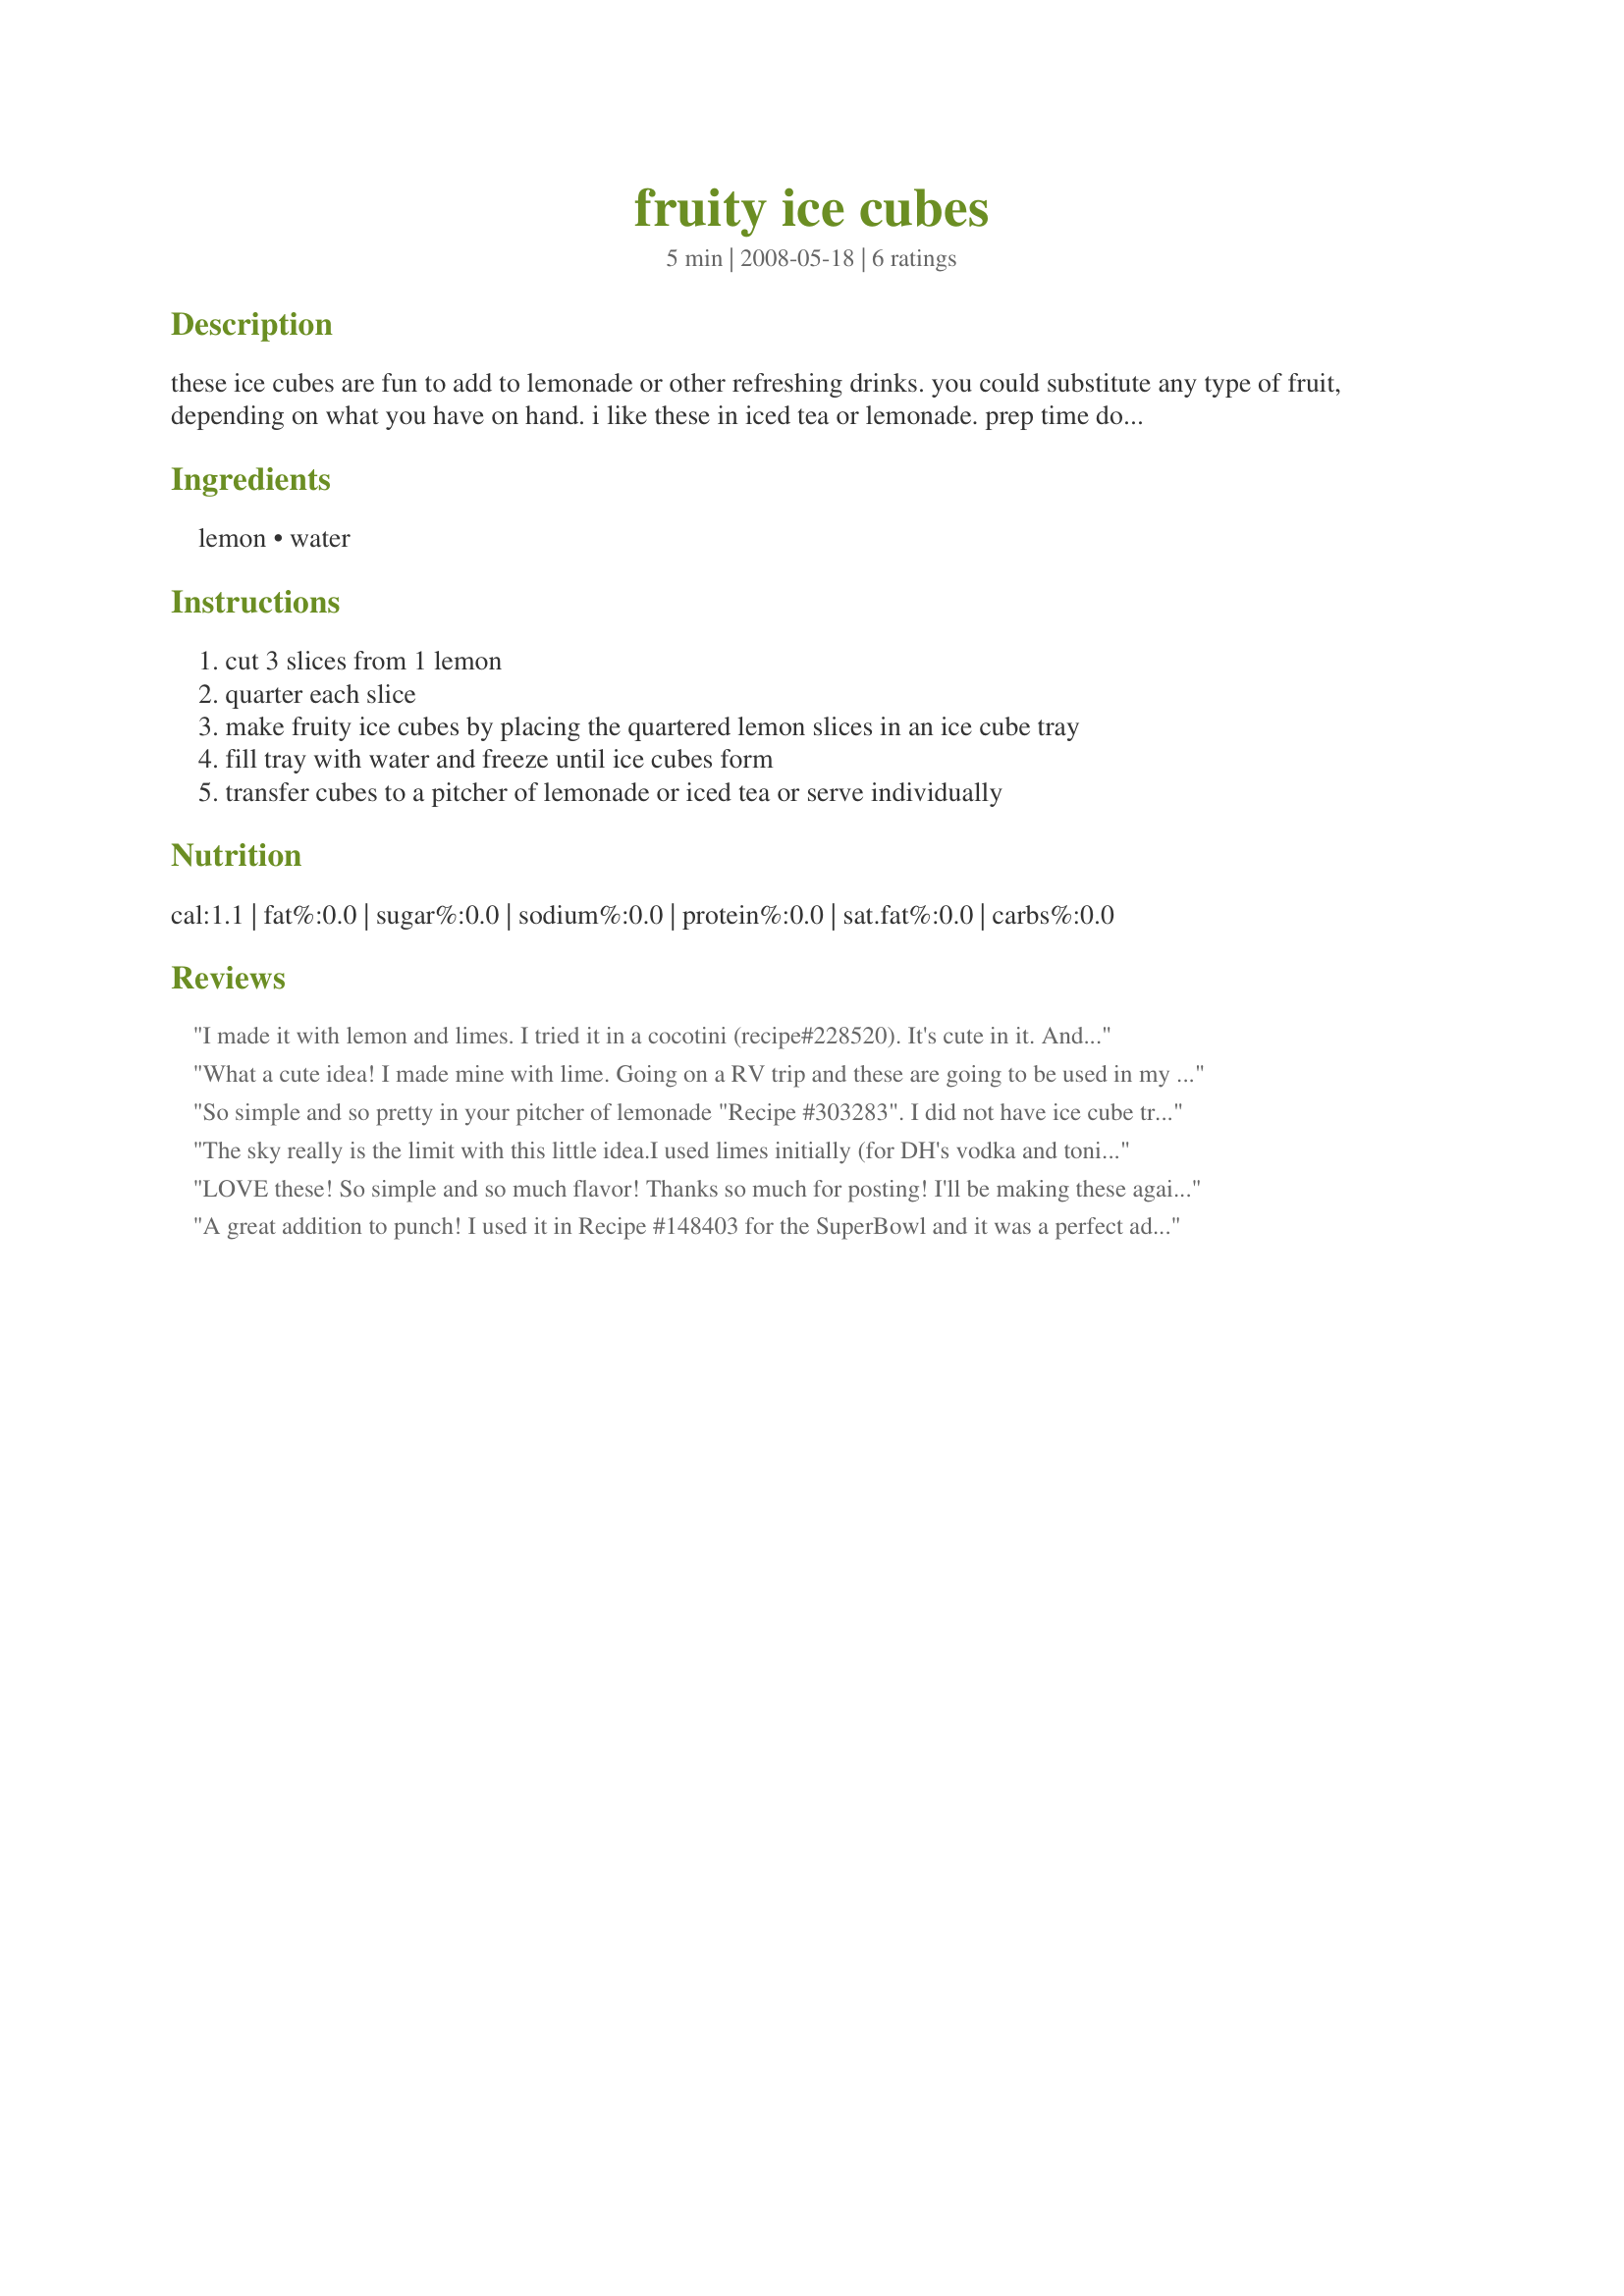
fruity ice cubes
Preparation time: 5 minutes

these ice cubes are fun to add to lemonade or other refreshing drinks. you could substitute any type of fruit, depending on what you have on hand. i like these in iced tea or lemonade. prep time does not include freezing time.

Ingredients:
lemon, water

Steps:
cut 3 slices from 1 lemon, quarter each slice, make fruity ice cubes by placing the quartered lemon slices in an ice cube tray, fill tray with water and freeze until ice cubes form, transfer cubes to a pitcher of lemonade or iced tea or serve individually

Reviews:
I made it with lemon and limes. I tried it in a cocotini (recipe#228520). It's cute in it. And today I tried it in a glass of sangria. It's even better. Cause the taste of the lemon/lime mix perfectly with the juices and the wine. Thanks Lainey :) I'm going to do it all summer since I always have lemon and lime. Made for Holiday tag game
What a cute idea! I made mine with lime. Going on a RV trip and these are going to be used in my Margarita on the rocks. They will look so cool. You can use any kind of fruit with this recipe. Made from HokiesLady review in "I recommend..." tag game. Thanks Lainey for the great idea.
So simple and so pretty in your pitcher of lemonade "Recipe #303283". I did not have ice cube trays (auto on my freezer) so I used mini muffin tins and it worked great! Cute little round ice cubes with a bit of lemon! Loved this idea! Will be making them very often to go with your lemonade recipe and also my iced tea and just pitchers of water! Tagged in Zaar Chef Alphabet Soup game.
The sky really is the limit with this little idea.I used limes initially (for DH's vodka and tonic!).He just loved it.I've also got some with raspberries in,for throwing into Raspberry Fizz Cocktails.
The children will also love these with various fruits in for cooling their summer drinks!
Thanks Lainey!!
LOVE these! So simple and so much flavor! Thanks so much for posting! I'll be making these again and again! Made for the I Recommend Tag Game.
A great addition to punch! I used it in Recipe #148403 for the SuperBowl and it was a perfect addition. I also enjoyed it in some regular ice water. I am definitely going to keep this in mind for when I have lemons and limes to use up, as well. Thanks for sharing!
